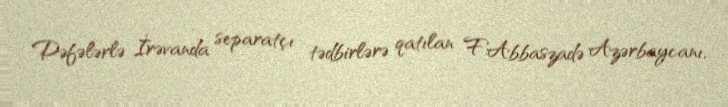
Dəfələrlə İrəvanda separatçı tədbirlərə qatılan F.Abbaszadə Azərbaycanı,